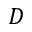
D